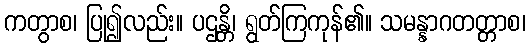
ကတွာစ၊ ပြု၍လည်း။ ပဌန္တိ၊ ရွတ်ကြကုန်၏။ သမန္နာဂတတ္တာစ၊